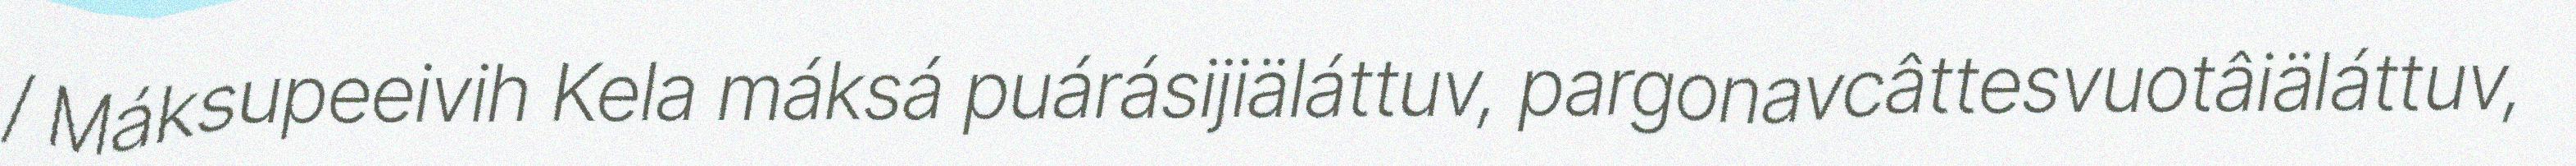
/ Máksupeeivih Kela máksá puárásijiäláttuv, pargonavcâttesvuotâiäláttuv,